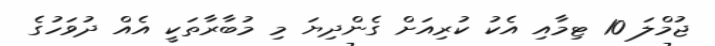
ޖުމްލަ 10 ޓިމާއި އެކު ކުރިއަށް ގެންދިޔަ މި މުބާރާތަކީ އެއް ދުވަހުގެ